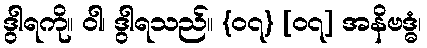
ဒွါရကို။ ဝါ၊ ဒွါရသည်။ {၀၇} [၀၇] အနိဗဒ္ဓံ၊